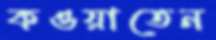
কওয়াতেন